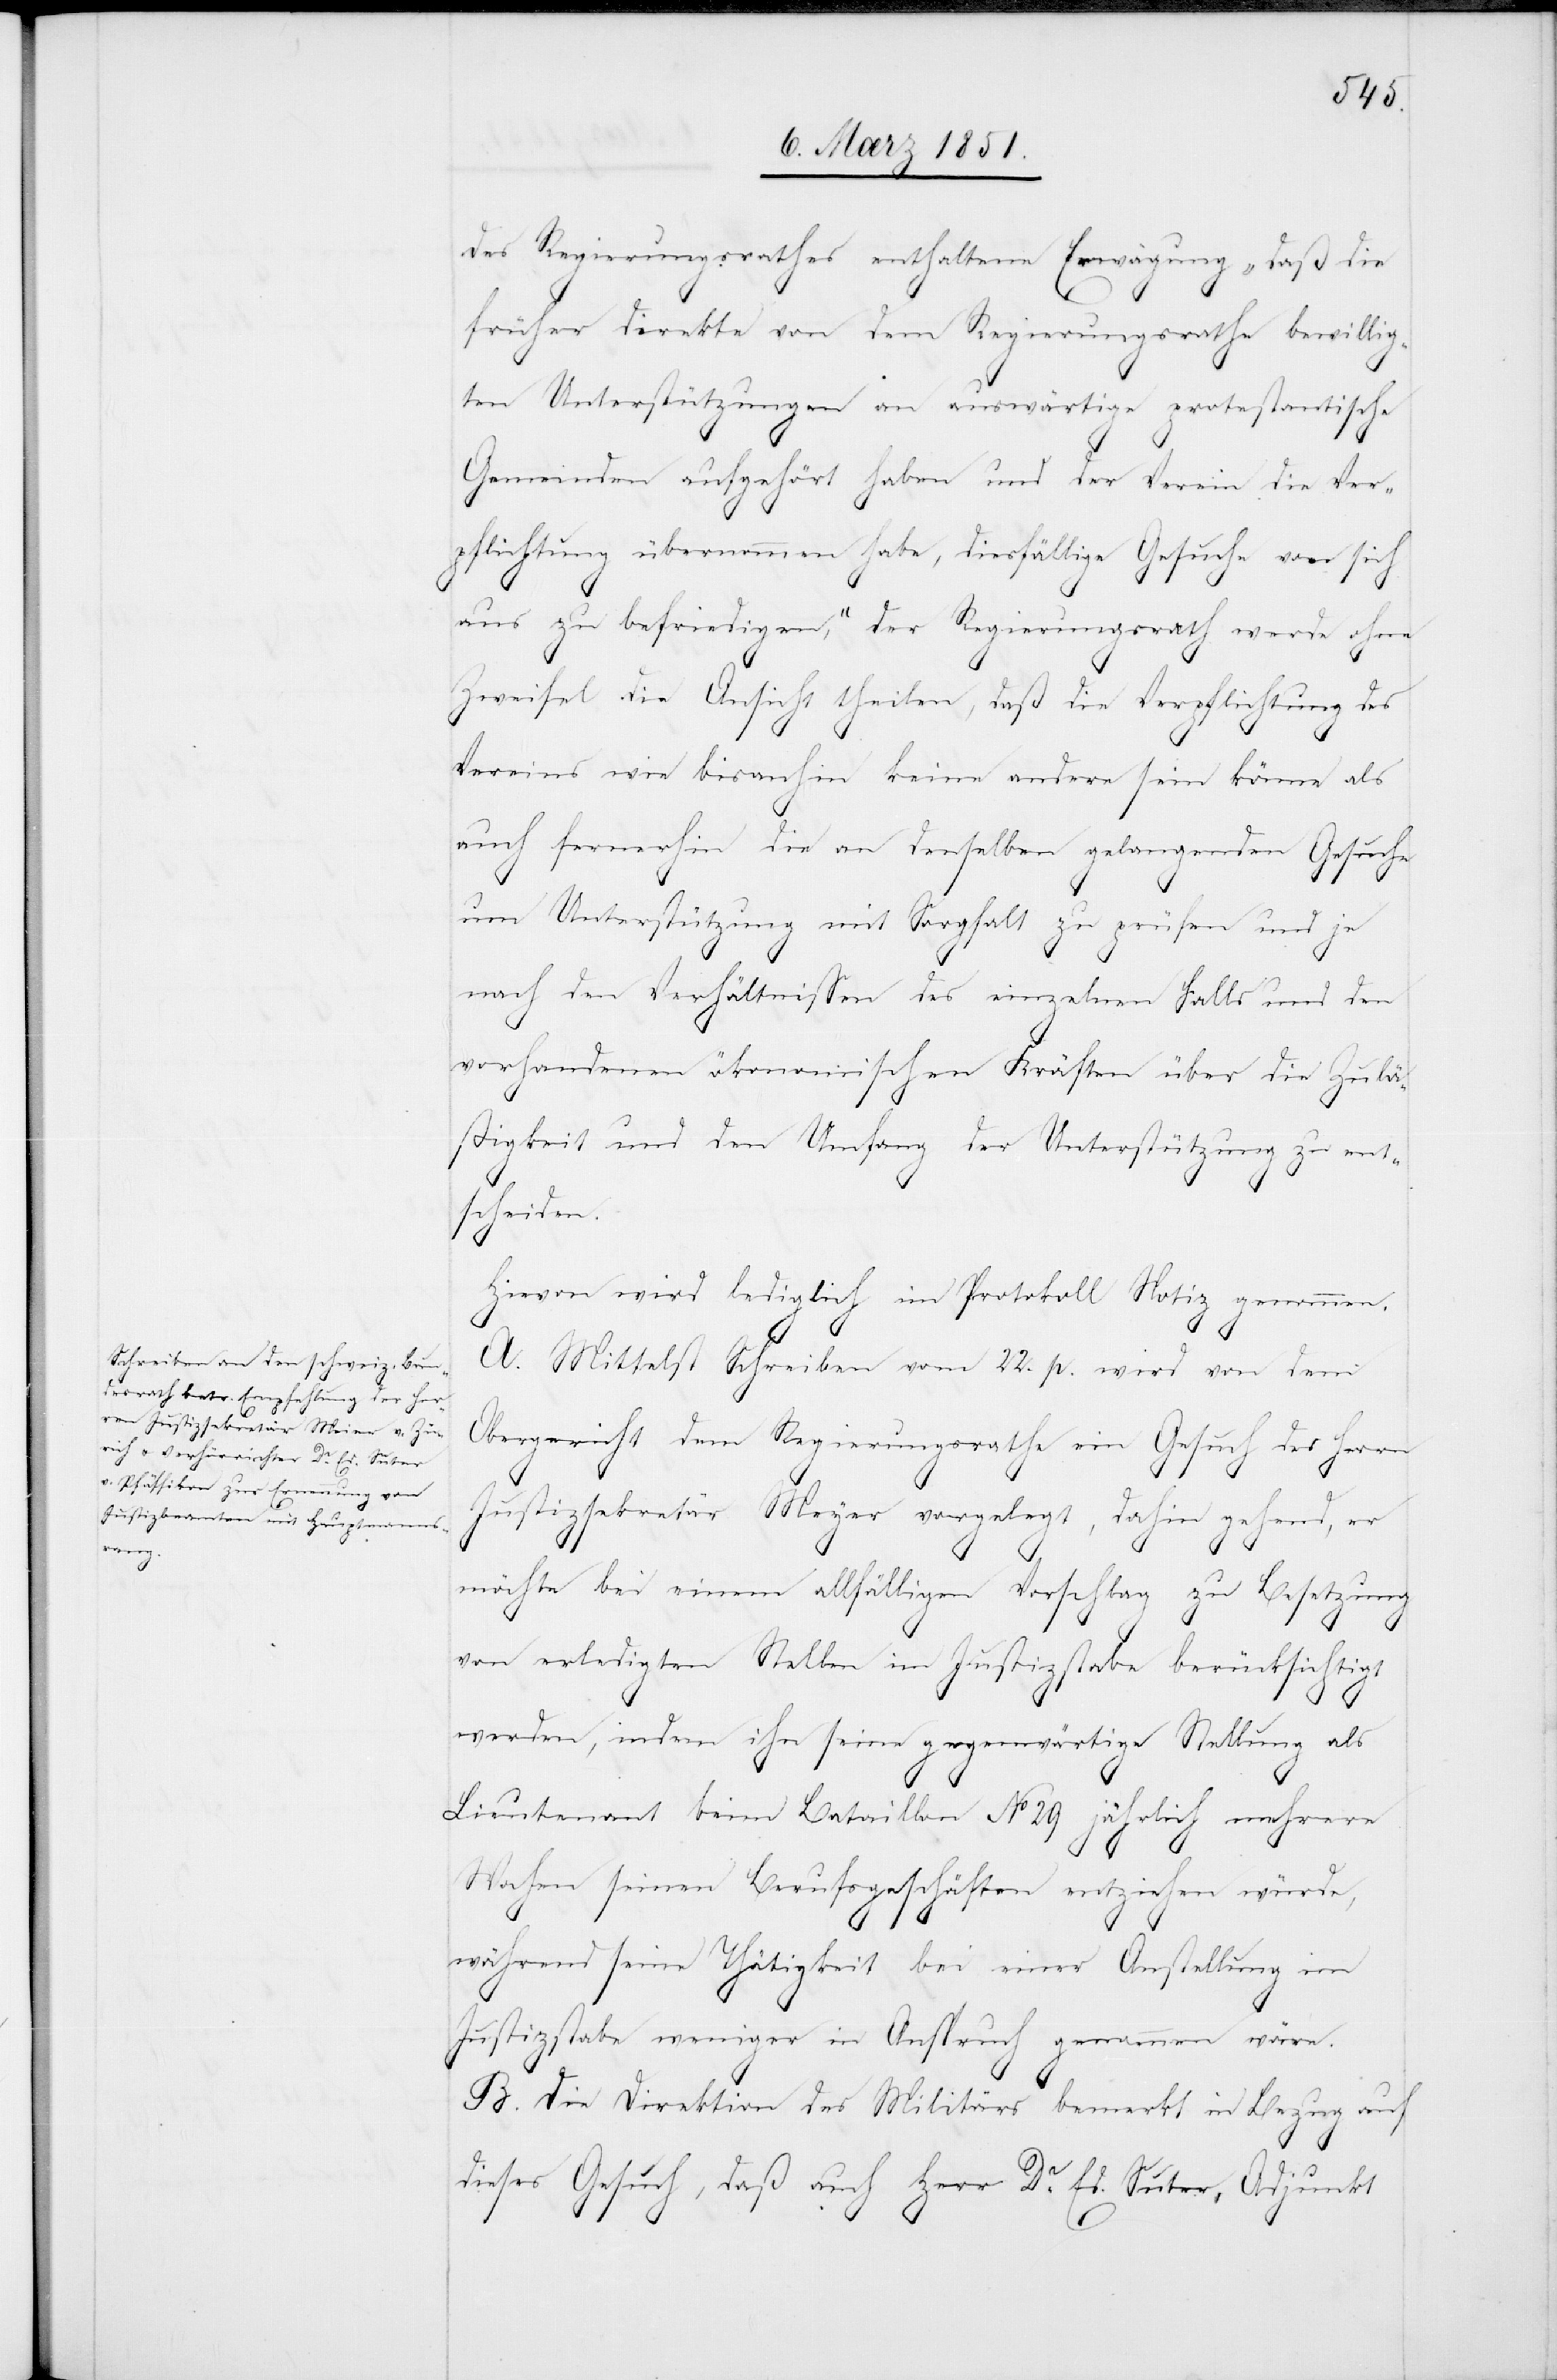
des Regierungsrathes enthaltene Erwägung „daß die
früher direkte von dem Regierungsrathe bewillig¬
ten Unterstützungen an auswärtige protestantische
Gemeinden aufgehört haben und der Verein die Ver¬
pflichtung übernommen habe, diesfällige Gesuche von sich
aus zu befriedigen,“ der Regierungsrath werde ohne
Zweifel die Ansicht theilen, daß die Verpflichtung des
Vereins wie bisanhin keine andere sein könne als
auch fernerhin die an denselben gelangenden Gesuche
um Unterstützung mit Sorgfalt zu prüfen und je
nach den Verhältnissen des einzelnen Falls und den
vorhandenen ökonomischen Kräften über die Zulä¬
ßigkeit und den Umfang der Unterstützung zu ent¬
scheiden.
Hievon wird lediglich im Protokoll Notiz genommen.
A. Mittelst Schreiben vom 22. p. wird von dem
Obergericht dem Regierungsrathe ein Gesuch des Herrn
Justizsekretär Meyer [sic!] vorgelegt, dahin gehend, er
möchte bei einem allfälligen Vorschlag zu Besetzung
von erledigten Stellen im Justizstabe berücksichtigt
werden, indem ihn seine gegenwärtige Stellung als
Lieutenant beim Bataillon No 29 jährlich mehrere
Wochen seinen Berufsgeschäften entziehen würde,
während seine Thätigkeit bei einer Anstellung im
Justizstabe weniger in Anspruch genommen wäre.
B. Die Direktion des Militärs bemerkt in Bezug auf
dieses Gesuch, daß auch Herr Dr. Ed. Suter, Adjunkt